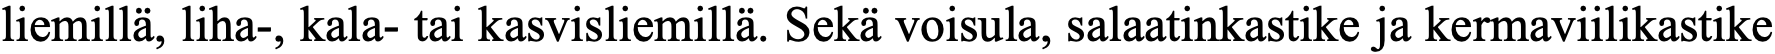
liemillä, liha-, kala- tai kasvisliemillä. Sekä voisula, salaatinkastike ja kermaviilikastike